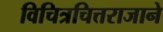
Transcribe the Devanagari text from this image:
विचित्रचित्तराजाने